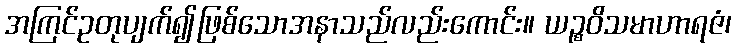
အကြင်ဥတုပျက်၍ဖြစ်သောအနာသည်လည်းကောင်း။ ယဉ္စဝိသမာဟာရဇံ၊